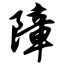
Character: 障